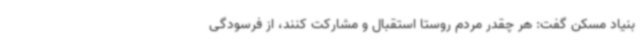
بنیاد مسکن گفت: هر چقدر مردم روستا استقبال و مشارکت کنند، از فرسودگی